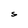
Character: S